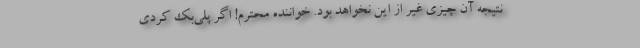
نتیجه آن چیزی غیر از این نخواهد بود. خواننده محترم! اگر پلی‌بک کردی